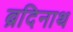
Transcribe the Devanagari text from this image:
ब्रदिनाथ